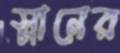
স্নানের